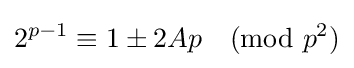
2^{p-1}\equiv 1\pm 2Ap{\pmod {p^{2}}}